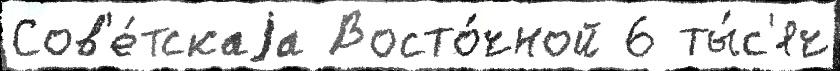
Сов'е́тскаjа Восто́чной 6 ты́с'яч